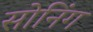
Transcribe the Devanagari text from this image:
सोनिंग